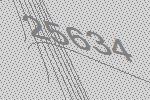
25634